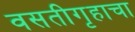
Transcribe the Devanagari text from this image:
वसतीगृहाचा